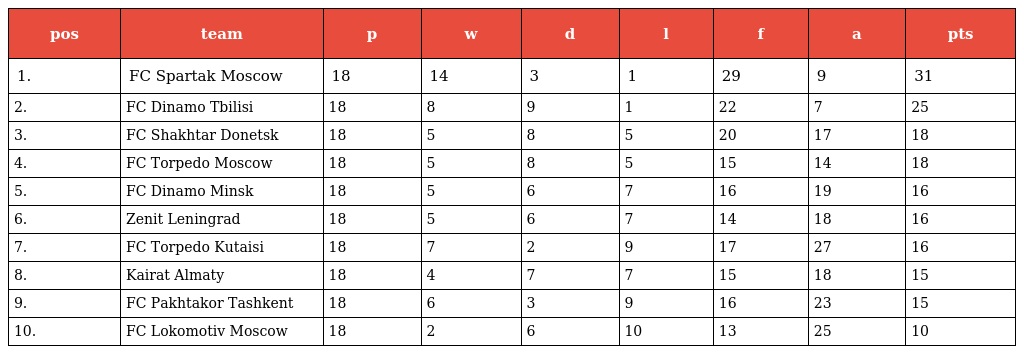
| pos | team | p | w | d | l | f | a | pts |
 | --- | --- | --- | --- | --- | --- | --- | --- | --- |
 | 1. | FC Spartak Moscow | 18 | 14 | 3 | 1 | 29 | 9 | 31 |
 | 2. | FC Dinamo Tbilisi | 18 | 8 | 9 | 1 | 22 | 7 | 25 |
 | 3. | FC Shakhtar Donetsk | 18 | 5 | 8 | 5 | 20 | 17 | 18 |
 | 4. | FC Torpedo Moscow | 18 | 5 | 8 | 5 | 15 | 14 | 18 |
 | 5. | FC Dinamo Minsk | 18 | 5 | 6 | 7 | 16 | 19 | 16 |
 | 6. | Zenit Leningrad | 18 | 5 | 6 | 7 | 14 | 18 | 16 |
 | 7. | FC Torpedo Kutaisi | 18 | 7 | 2 | 9 | 17 | 27 | 16 |
 | 8. | Kairat Almaty | 18 | 4 | 7 | 7 | 15 | 18 | 15 |
 | 9. | FC Pakhtakor Tashkent | 18 | 6 | 3 | 9 | 16 | 23 | 15 |
 | 10. | FC Lokomotiv Moscow | 18 | 2 | 6 | 10 | 13 | 25 | 10 |